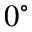
0 ^ { \circ }